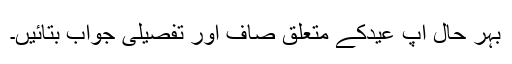
بہر حال آپ عیدکے متعلق صاف اور تفصیلی جواب بتائیں۔